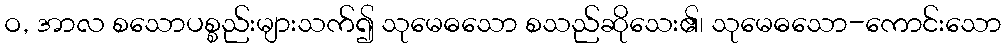
ဝ, အာလ စသောပစ္စည်းများသက်၍ သုမေဓသော စသည်ဆိုသေး၏၊ သုမေဓသော-ကောင်းသော